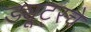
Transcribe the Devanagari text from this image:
ड्यूट्स्चे